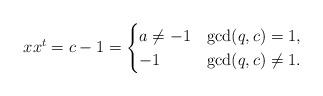
LaTeX: \begin{align*} xx^t=c-1&= \begin{cases}a\ne -1& \gcd(q,c)= 1,\\-1 & \gcd(q,c)\ne 1.\end{cases}\end{align*}